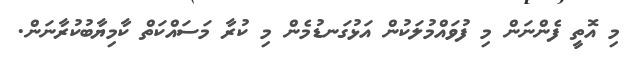
މި އޮތީ ފެންނަން މި ފުވައްމުލަކުން އަޅުގަނޑުމެން މި ކުރާ މަސައްކަތް ކާމިޔާބުކުރާނަން.